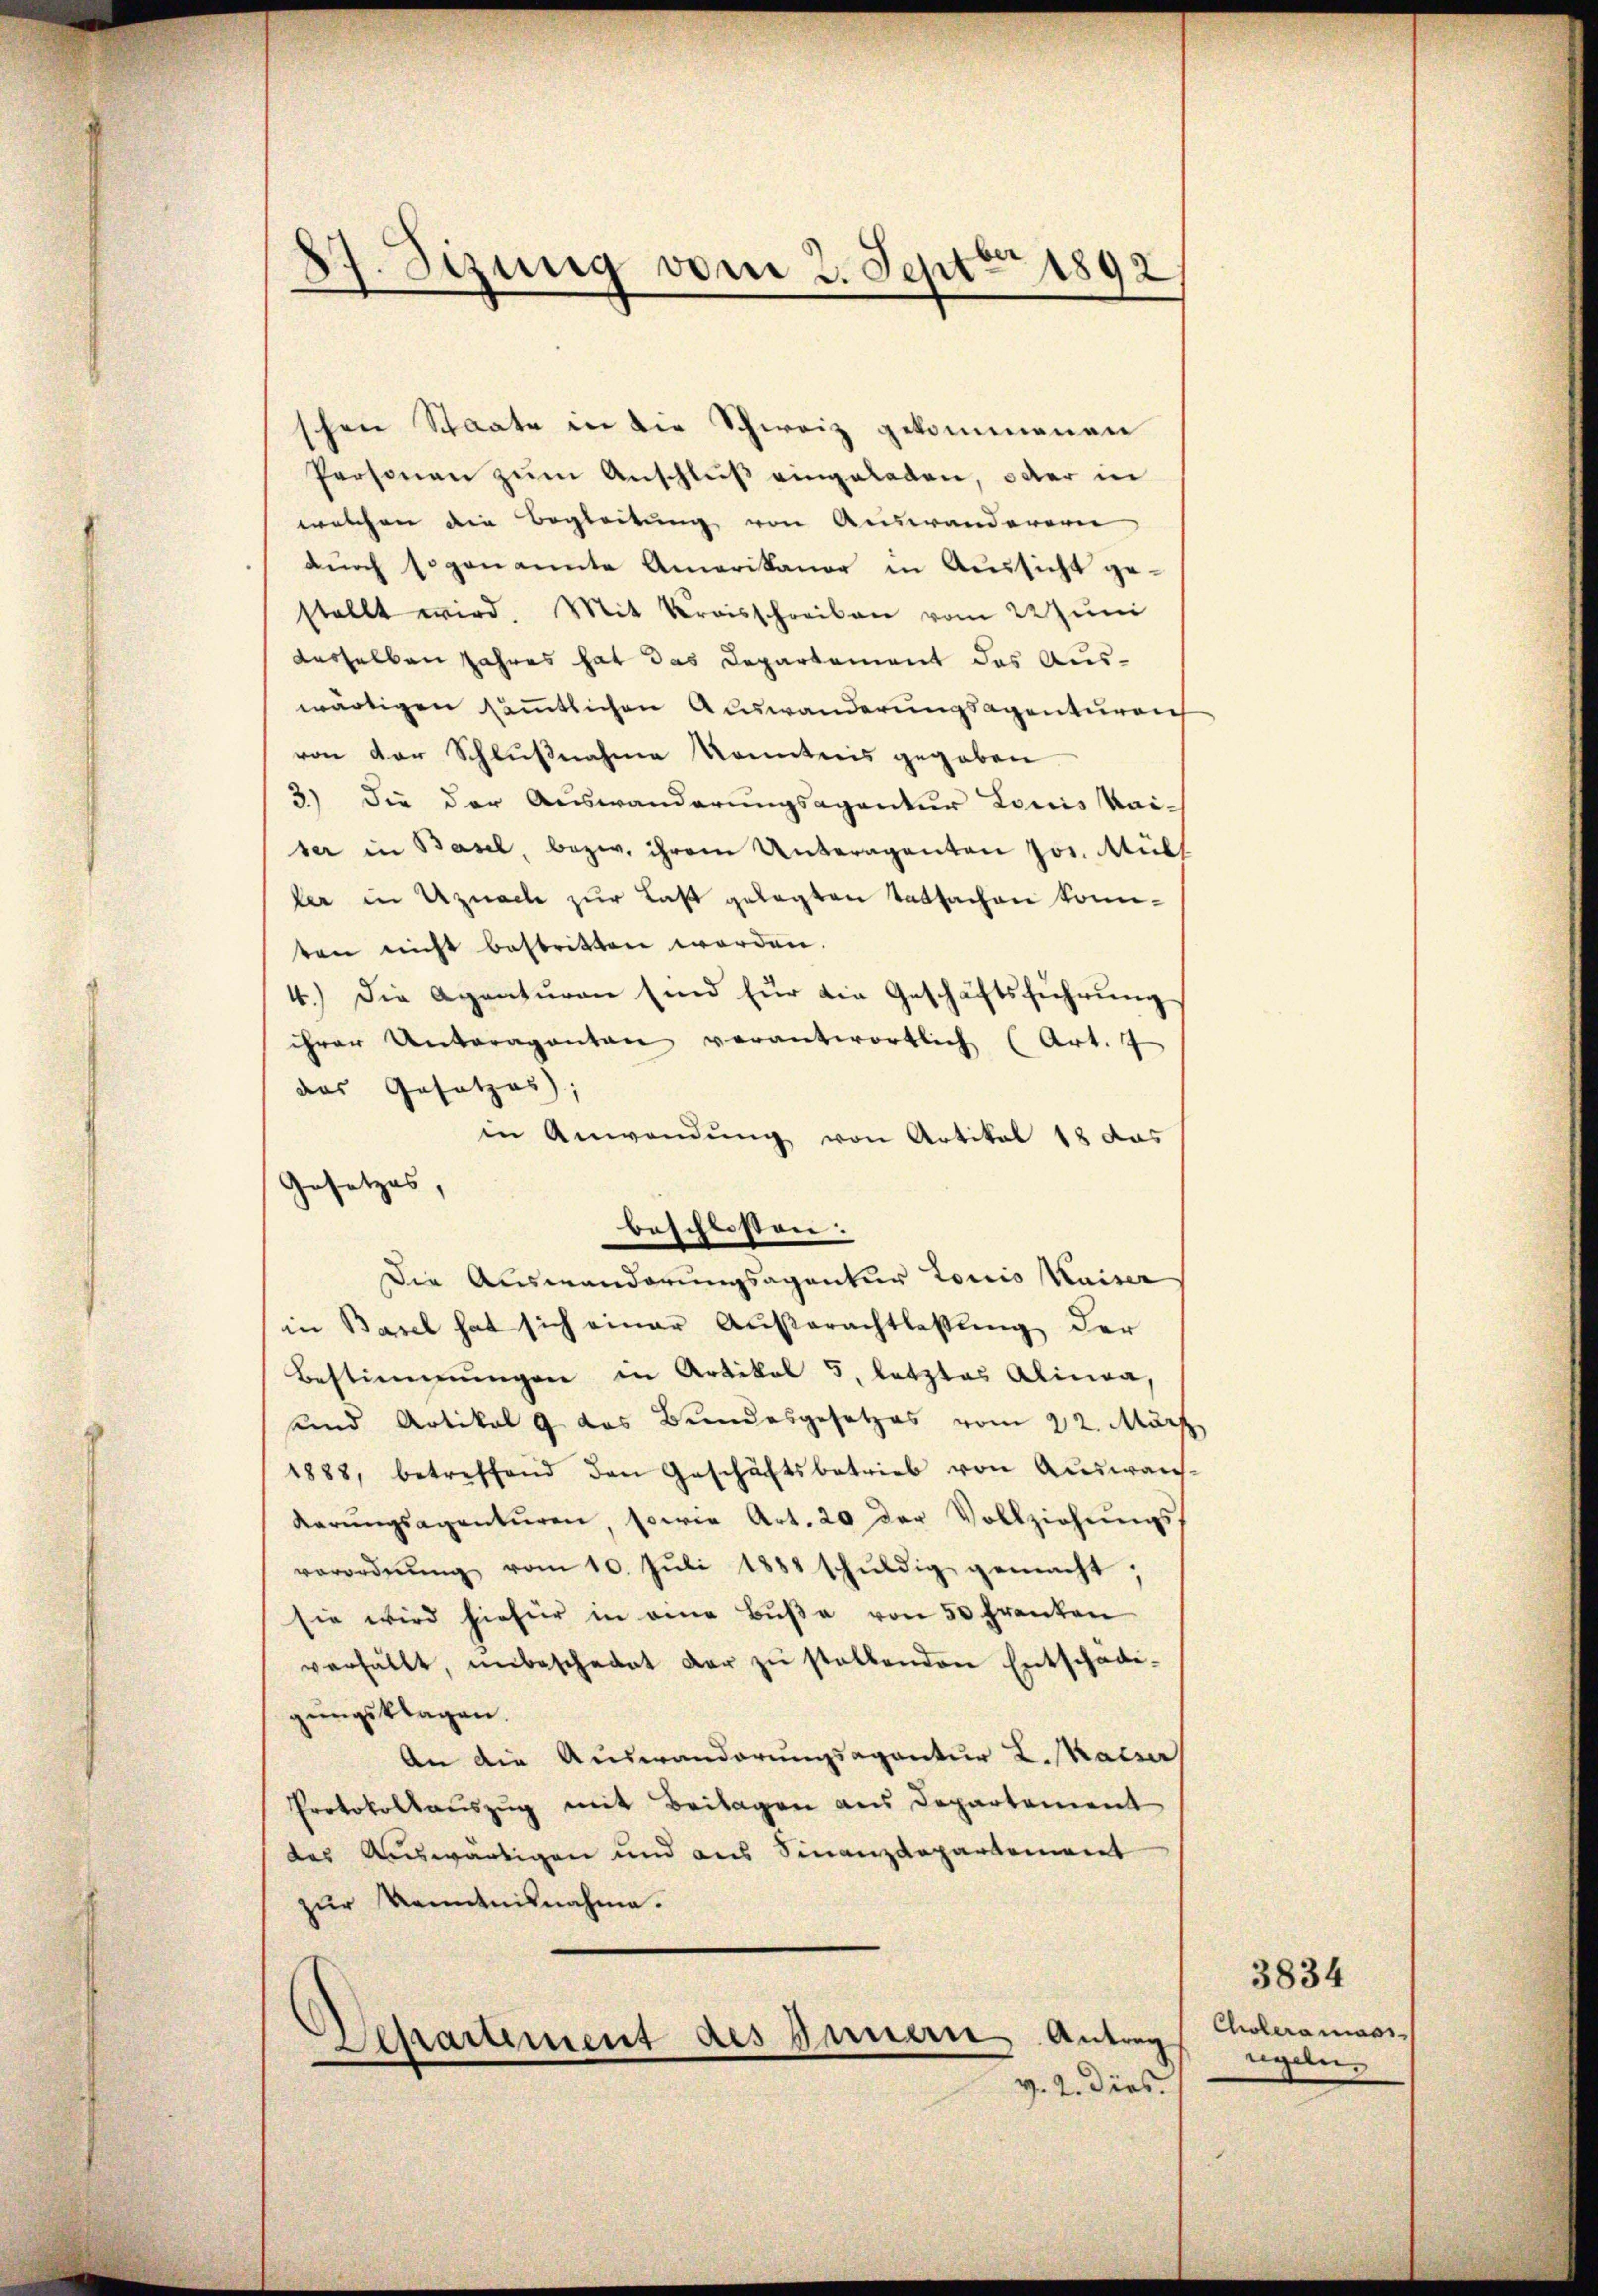
Sizung vom 2. Sept 1892
.

schen Staate in die Schweiz gekommenen
Personen zŭm Anschluß eingeladen, oder in
welchen die Begleitung von Auswanderern
dŭrch sogenannte Amerikaner in Aussicht ge-
stellt wird. Mit Kreisschreiben vom 22 Juni
desselben Jahres hat das Departement das Auswärtigen sämmtlichen Auswanderungsagenturen
von der Schlußnahme konntnis gegeben
3) Die der Auswanderungsagentur Louis Kaiser in Basel, bezw. ihrem Unteragenten Jos. Müll
ler in Uznach zur Last gelegten Tatsachen konnten nicht bestritten worden.
4.) Die Agentŭren sind für die Geschäftsführŭng
ihrer Unteraganten verantwortlich (Art. 7
das Gesetzes;
in Anwendung von Artikel 12 das
Gesetzes,
beschlossen:
Die Auswanderungsagentur torio Kaiser
in Basel hat sich einer Außerachtlassung der
Bestimmungen in Artikel 5, letztes Alinea,
und Artikal 9 das Bundesgesetzes vom 22. März
1888, betreffend den Geschäftsbetrieb von Aŭswans-
Karŭngsagenturen, sowie Art. 20 der Vollziehŭngs-
verordnŭng vom 10. Jŭli 1882 schŭldig gemacht,
sie wird hiefür in eine Bŭβe von 50 Franken
verfällt, unbeschadet der zŭ stellenden Entschädi-
gungsklagen.
An die Auswanderungsagantur L. Statier
Protokollauszug mit Beilagen aus Departement
das Auswärtigen und aus Finanzdepartement
zŭr Kenntnisnahme.
des Innern Antrag
Shamment
v. 2. dies.

3834
Cholera mass
egeln.